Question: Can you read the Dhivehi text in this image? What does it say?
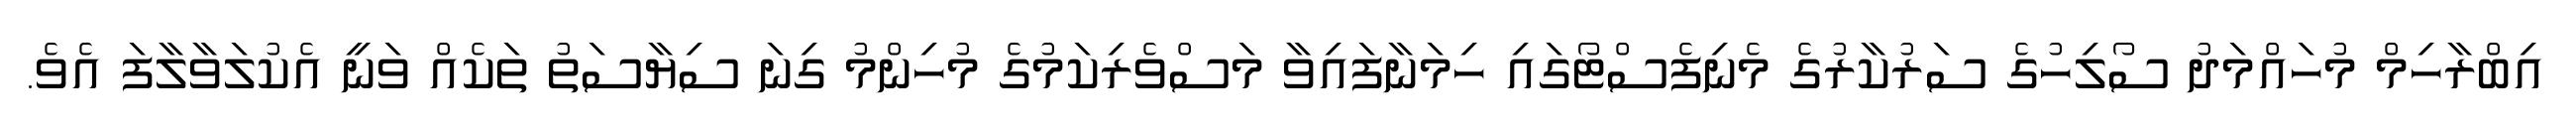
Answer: އިބްރާހިމް މުހައްމަދު ސޯލިހުގެ ސަރުކާރުގެ މެނިފެސްޓޯގައި ހިމަނާފައިވާ މަސްވެރިކަމުގެ މުހިންމު ގިނަ ސިޔާސަތު ތަކެއް ވަނީ އެކުލަވާލާފަ އެވެ.